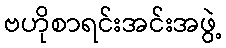
ဗဟိုစာရင်းအင်းအဖွဲ့